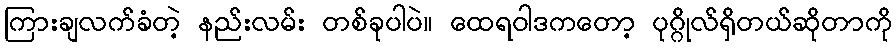
ကြားချလက်ခံတဲ့ နည်းလမ်း တစ်ခုပါပဲ။ ထေရဝါဒကတော့ ပုဂ္ဂိုလ်ရှိတယ်ဆိုတာကို